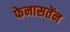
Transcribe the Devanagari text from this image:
फेनासतेंन